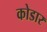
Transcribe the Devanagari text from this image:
कोडार